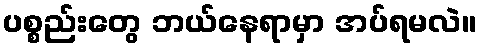
ပစ္စည်းတွေ ဘယ်နေရာမှာ အပ်ရမလဲ။